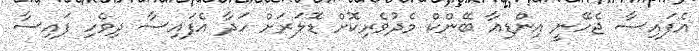
އެފައިސާ ޖެހޭނީ އިންޑިއާ ބޭންކް މެދުވެރިކޮށް ޑޮލަރަށް ހަދާ އެފައިސާ ދިވެހި ފައިސާ